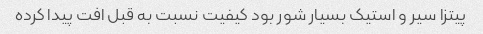
پیتزا سیر و استیک بسیار شور بود کیفیت نسبت به قبل افت پیدا کرده